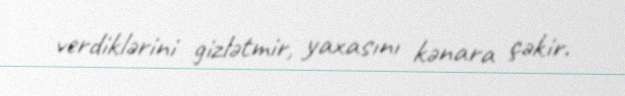
verdiklərini gizlətmir, yaxasını kənara çəkir.